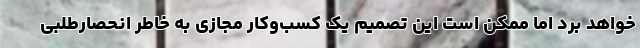
خواهد برد اما ممکن است این تصمیم یک کسب‌وکار مجازی به خاطر انحصارطلبی